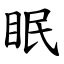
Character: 眠